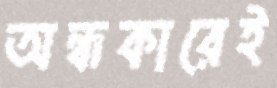
অন্ধকারেই